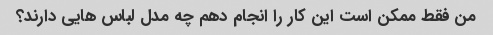
من فقط ممکن است این کار را انجام دهم چه مدل لباس هایی دارند؟